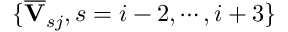
\{ \overline { { \mathbf { V } } } _ { s j } , s = i - 2 , \cdots , i + 3 \}